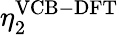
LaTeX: \eta_{2}^{\mathrm{VCB-DFT}}